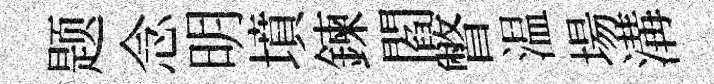
题念明墳鍊閻瞥温場溝